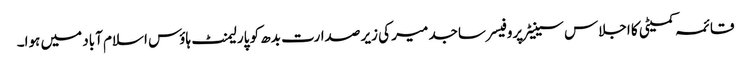
قائمہ کمیٹی کا اجلاس سینیٹر پروفیسر ساجد میر کی زیر صدارت بدھ کو پارلیمنٹ ہاؤس اسلام آباد میں ہوا۔